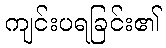
ကျင်းပရခြင်း၏